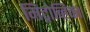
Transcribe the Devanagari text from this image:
मिट्रोव्हिका